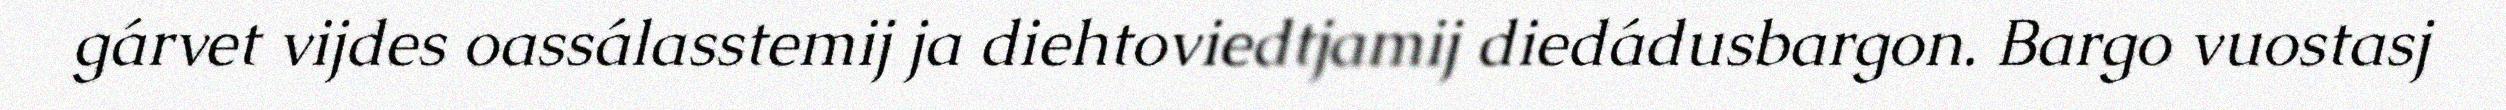
gárvet vijdes oassálasstemij ja diehtoviedtjamij diedádusbargon. Bargo vuostasj